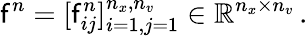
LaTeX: \mathsf{f}^{n}=[\mathsf{f}_{ij}^{n}]_{i=1,j=1}^{n_{x},n_{v}}\in\mathbb{R}^{n_{x}\times n_{v}}\, .